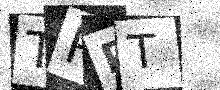
Text: TRPT